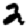
Digit: 2